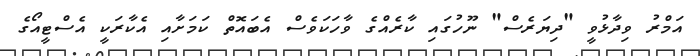
އަމްރު ވިދާޅުވީ "ދިޔަރެސް" ނޫހުގައި ކާރެއްގެ ވާހަކަވެސް އެބައޮތް ކަމަށާއި އެކާރަކީ އެސްޓީއޯގެ